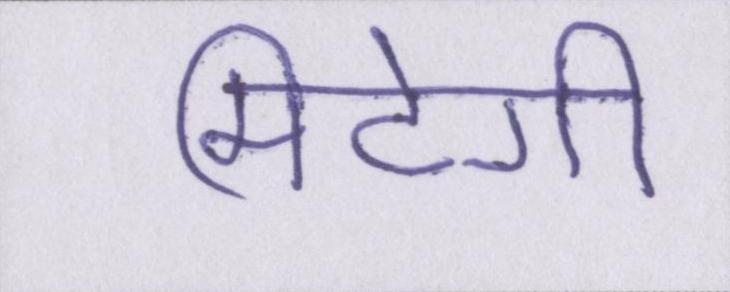
मिटेगी